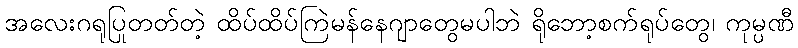
အလေးဂရုပြုတတ်တဲ့ ထိပ်ထိပ်ကြဲမန်နေဂျာတွေမပါဘဲ ရိုဘော့စက်ရုပ်တွေ၊ ကုမ္ပဏီ